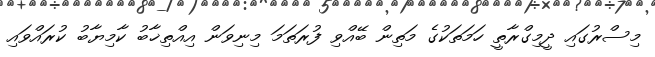
މިސްރުގައި ދީމިގްރާތީ ހަމަތަކުގެ މަތިން ބޭއްވި ފުރަތަމަ މިނިވަން އިއްތިޚާބު ކާމިޔާބު ކުރައްވައި